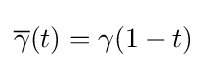
{\overline {\gamma }}(t)=\gamma (1-t)